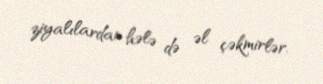
ziyalılardan hələ də əl çəkmirlər.